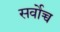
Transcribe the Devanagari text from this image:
सर्वाेच्च